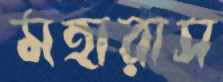
মহারাস